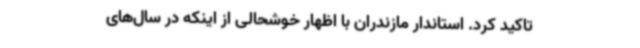
تاکید کرد. استاندار مازندران با اظهار خوشحالی از اینکه در سال‌های